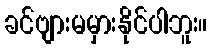
ခင်ဗျားမမှားနိုင်ပါဘူး။